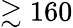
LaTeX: \gtrsim 160